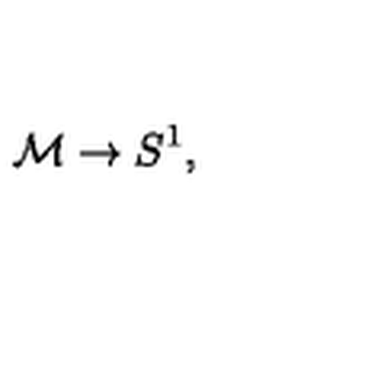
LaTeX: { \cal { M } } \rightarrow S ^ { 1 } ,